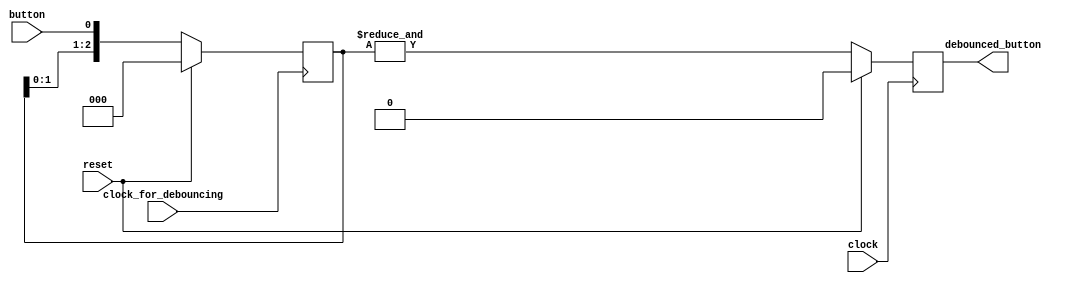
module debouncer
(
    input      clock,
    input      clock_for_debouncing,
    input      reset,
    input      button,
    output reg debounced_button
);

    reg [2:0] samples;

    always @(posedge clock_for_debouncing)
    begin
        if (reset)
            samples <= 0;
        else
            samples <= { samples [1:0], button };
    end

    always @(posedge clock)
    begin
        if (reset)
            debounced_button <= 0;
        else
            debounced_button <= & samples;
    end

endmodule